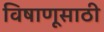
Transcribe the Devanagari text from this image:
विषाणूसाठी